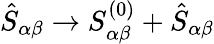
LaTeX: {\hat{S}}_{\alpha\beta}\rightarrow S_{\alpha\beta}^{(0)}+{\hat{S}}_{\alpha\beta}